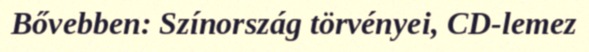
Bővebben: Színország törvényei, CD-lemez